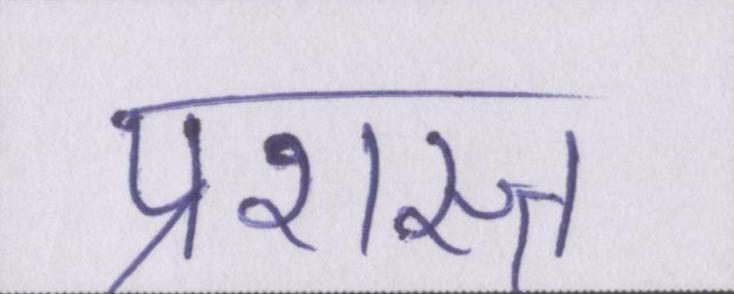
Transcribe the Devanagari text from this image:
प्रशस्त